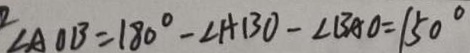
\angle A O B = 1 8 0 ^ { \circ } - \angle A B O - \angle B A O = 1 5 0 ^ { \circ }